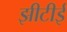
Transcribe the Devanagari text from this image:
झीटीई